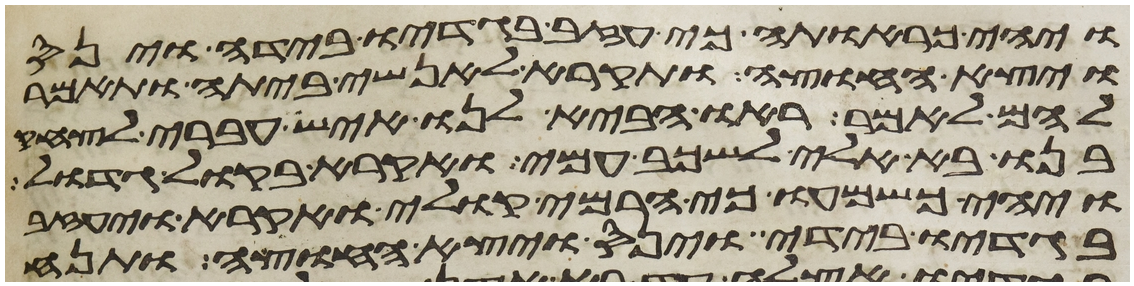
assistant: ויהי כראותה כי עזב בגדיו בידה וינס
ויצא החוצה ותקרא לאנשי ביתה ותאמר
להם לאמר ראו הביא לנו איש עברי לצחק
בנו בא אלי לשכב עמי ואקרא בקול גדול
ויהי כשמעו כי הרמי קולי ואקרא ויעזב
בגדיו בידי וינס ויצא החוצה ותנח